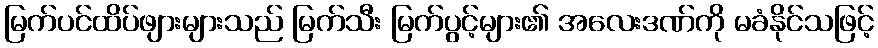
မြက်ပင်ထိပ်ဖျားများသည် မြက်သီး မြက်ပွင့်များ၏ အလေးဒဏ်ကို မခံနိုင်သဖြင့်